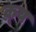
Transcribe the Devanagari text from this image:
क्र्य